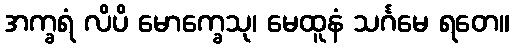
အက္ခရံ လိပိ မောက္ခေသု၊ မေထူနံ သင်္ဂမေ ရတေ။